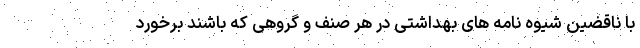
با ناقضین شیوه نامه های بهداشتی در هر صنف و گروهی که باشند برخورد